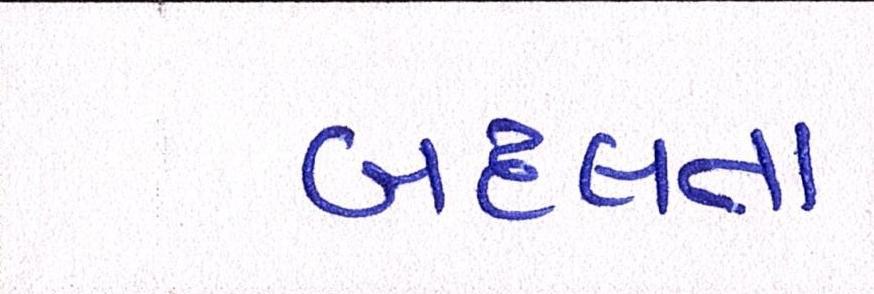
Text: બદલતા